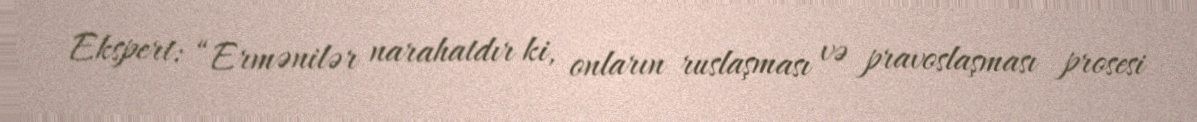
Ekspert: “Ermənilər narahatdır ki, onların ruslaşması və pravoslaşması prosesi